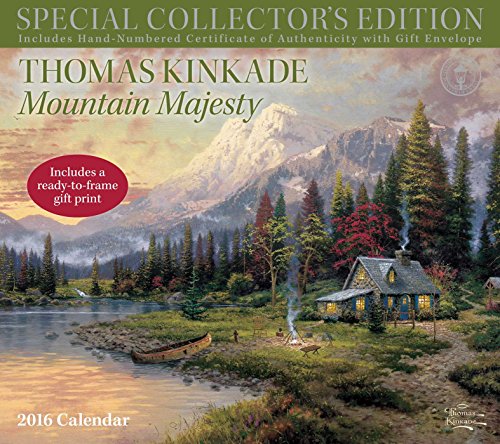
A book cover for Thomas Kinkade Special Collector's Edition 2016 Deluxe Wall Calendar: Mountain Majesty; Thomas Kinkade; Calendars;